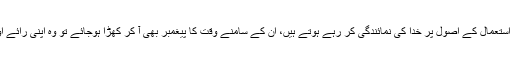
اس کے برعکس جو لوگ استعمال کے اصول پر خدا کی نمائندگی کر رہے ہوتے ہیں، ان کے سامنے وقت کا پیغمبر بھی آ کر کھڑا ہوجائے تو وہ اپنی رائے اور نقطہ نظر نہیں بدلتے ۔